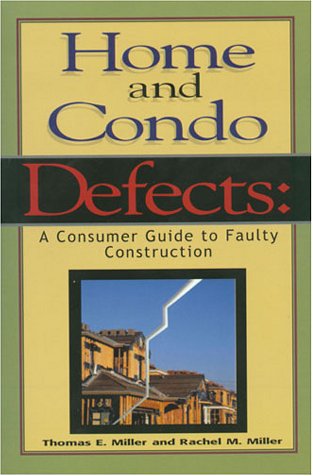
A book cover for Home and Condo Defects: A Consumer Guide to Faulty Construction; Thomas E. Miller; Law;